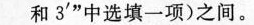
3^{\prime}”中选填一项)之间。